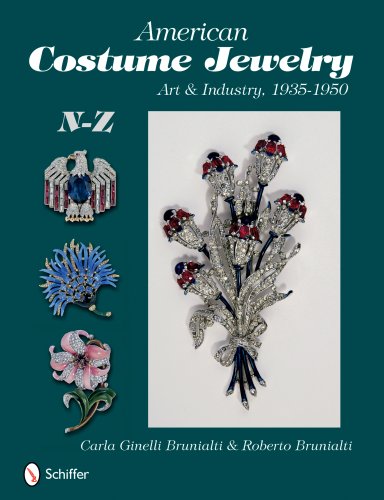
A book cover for American Costume Jewelry: Art & Industry, 1935-1950, N-Z; Roberto &. Carla Ginelli Brunalti; Crafts, Hobbies & Home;